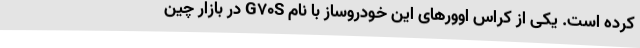
کرده است. یکی از کراس اوورهای این خودروساز با نام G70S در بازار چین